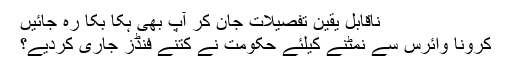
ناقابل یقین تفصیلات جان کر آپ بھی ہکا بکا رہ جائیں
کرونا وائرس سے نمٹنے کیلئے حکومت نے کتنے فنڈز جاری کردیے؟